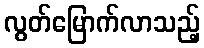
လွတ်မြောက်လာသည့်